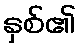
နှစ်၏